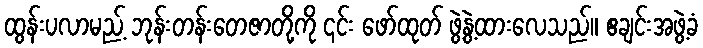
ထွန်းပလာမည့် ဘုန်းတန်းတေဇာတို့ကို ၎င်း ဖော်ထုတ် ဖွဲ့နွဲ့ထားလေသည်။ ဧချင်းအဖွဲ့ခံ